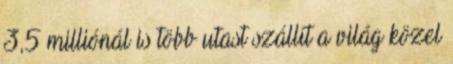
3,5 milliónál is több utast szállít a világ közel